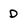
Character: D